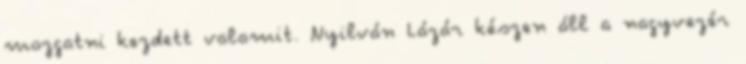
mozgatni kezdett valamit. Nyilván Lázár készen áll a nagyvezér